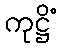
ကုဋ္ဌိံ